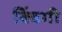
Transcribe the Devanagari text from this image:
क्विंगी